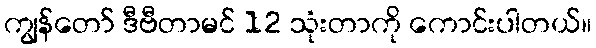
ကျွန်တော် ဒီဗီတာမင် 12 သုံးတာကို ကောင်းပါတယ်။